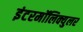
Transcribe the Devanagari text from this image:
इंटरमॉलिक्युलर